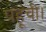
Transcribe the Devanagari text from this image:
पहूंची।